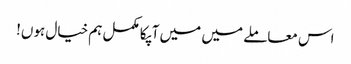
اس معاملے میں میں آپکا مکمل ہم خیال ہوں!